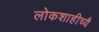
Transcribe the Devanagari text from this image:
लोकशाहीच्यै